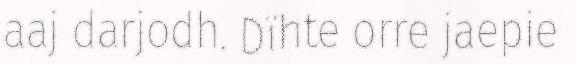
aaj darjodh. Dïhte orre jaepie